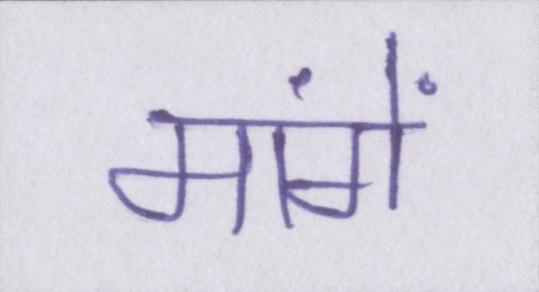
मांगें